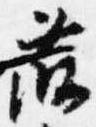
藤